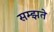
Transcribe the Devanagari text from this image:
सम्झते